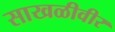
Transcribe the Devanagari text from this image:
साखळीवीर